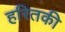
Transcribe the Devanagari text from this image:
हरितकी